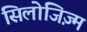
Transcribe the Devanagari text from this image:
सिलोजिज़्म